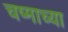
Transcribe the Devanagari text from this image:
चष्माच्या